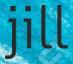
jill